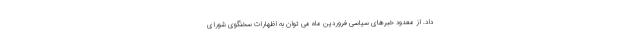
داد. از معدود خبرهای سیاسی فروردین ماه می توان به اظهارات سخنگوی شورای